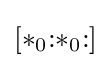
[{*}_{0}{:}{*}_{0}{:}]